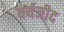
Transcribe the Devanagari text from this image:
वर्यजीद